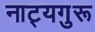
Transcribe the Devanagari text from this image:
नाट्यगुरू